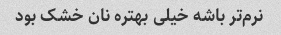
نرم‌تر باشه خیلی بهتره نان خشک بود